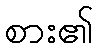
စား၏